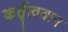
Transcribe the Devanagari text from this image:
कर्तृत्‍ववान